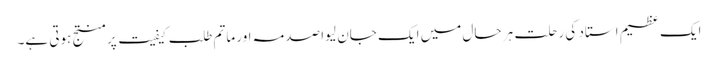
ایک عظیم استاد کی رحلت ہر حال میں ایک جان لیوا صدمہ اور ماتم طلب کیفیت پر منتج ہوتی ہے۔